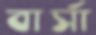
বার্সা